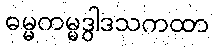
ဓမ္မကမ္မဒွါဒသကထာ